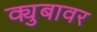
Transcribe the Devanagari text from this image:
क्युबावर